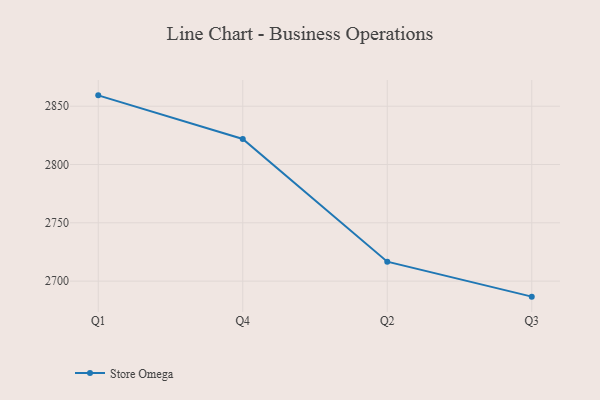
{"axis": {"x": "Quarter", "y": "Churn Rate (%)"}, "legend": ["Store Omega"], "data": [{"x": "Q1", "y": 2859.3, "type": "Store Omega"}, {"x": "Q4", "y": 2821.9, "type": "Store Omega"}, {"x": "Q2", "y": 2716.7, "type": "Store Omega"}, {"x": "Q3", "y": 2686.7, "type": "Store Omega"}]}